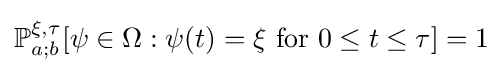
\mathbb {P} _{a;b}^{\xi ,\tau }[\psi \in \Omega :\psi (t)=\xi {\text{ for }}0\leq t\leq \tau ]=1